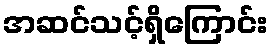
အဆင်သင့်ရှိကြောင်း